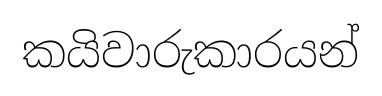
කයිවාරුකාරයන්